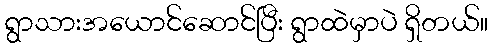
ရွာသားအယောင်ဆောင်ပြီး ရွာထဲမှာပဲ ရှိတယ်။